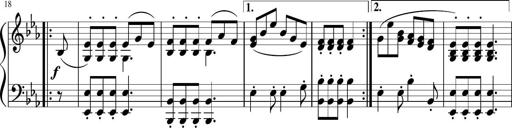
Title: 12 Keyboard Sonatinas
Composer: James Hook